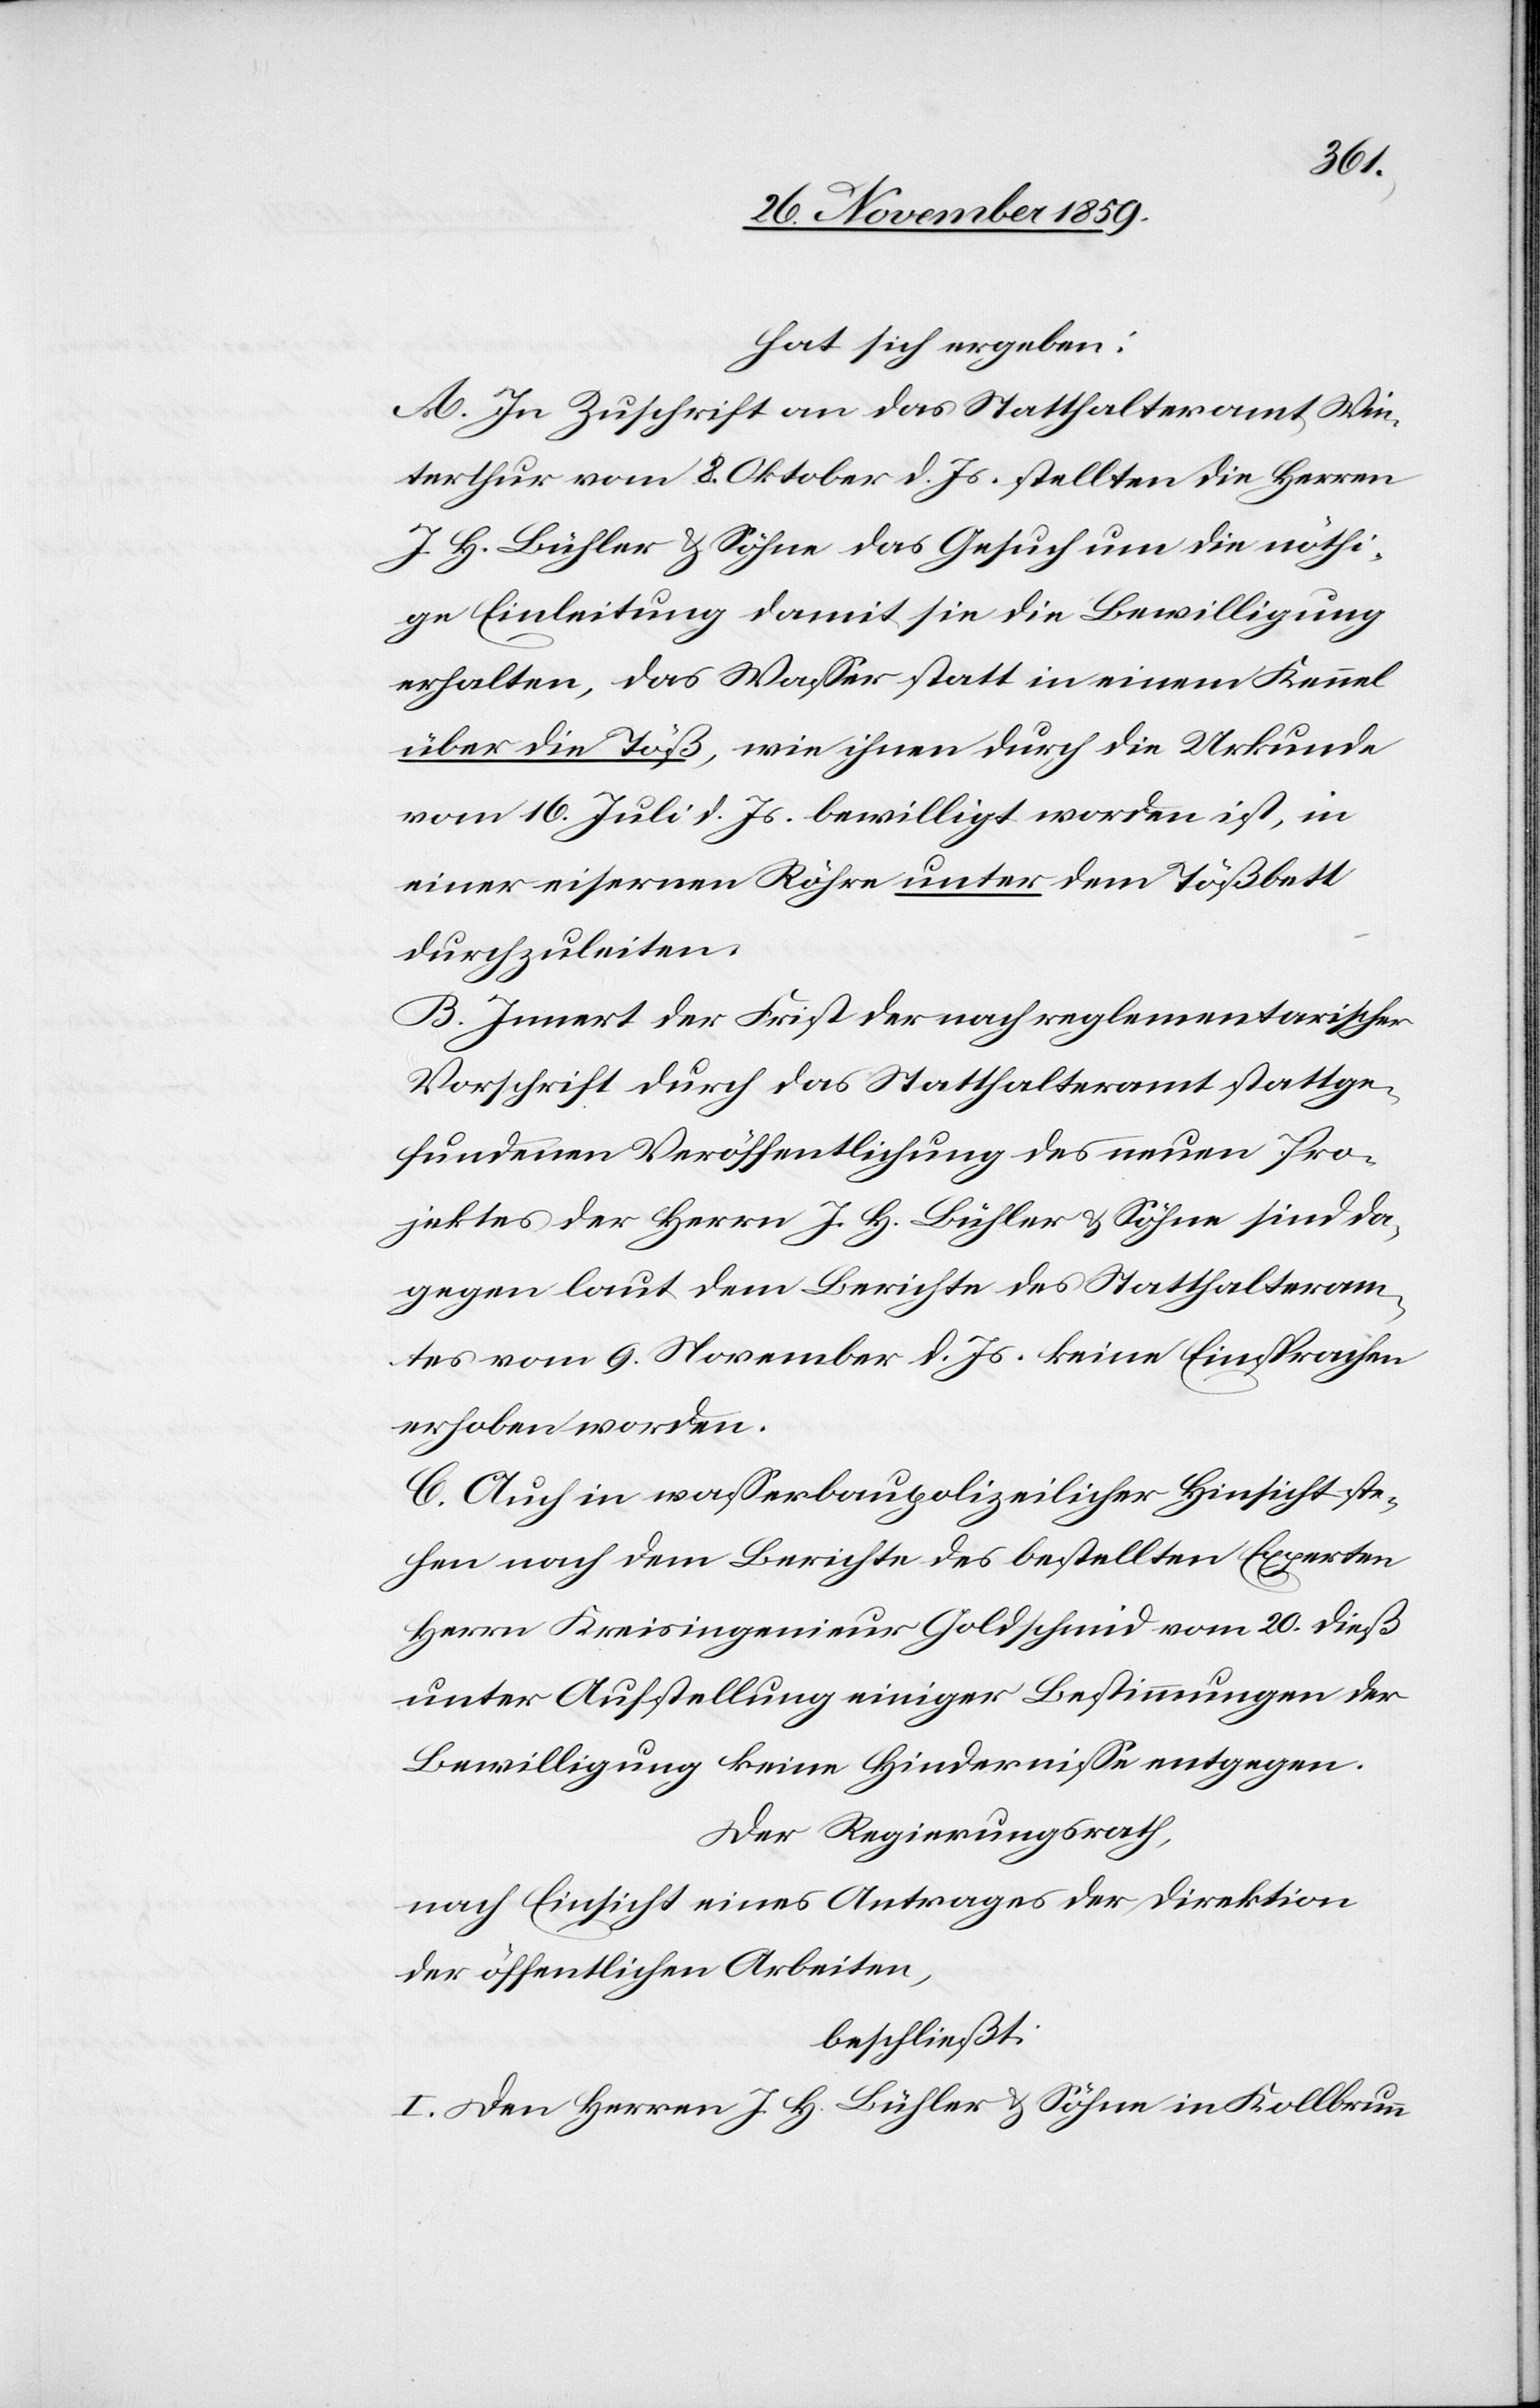
hat sich ergeben:
A. In Zuschrift an das Statthalteramt Win¬
terthur vom 8. Oktober d. Js. stellten die Herren
J. H. Bühler & Söhne das Gesuch um die nöthi¬
ge Einleitung damit sie die Bewilligung
erhalten, das Wasser statt in einem Kennel
über die Töß, wie ihnen durch die Urkunde
vom 16. Juli d. Js. bewilligt worden ist, in
einer eisernen Röhre unter dem Tößbett
durchzuleiten.
B. Innert der Frist der nach reglementarischer
Vorschrift durch das Statthalteramt stattge¬
fundenen Veröffentlichung des neuen Pro¬
jektes der Herrn J. H. Bühler & Söhne sind da¬
gegen laut dem Berichte des Statthalteram¬
tes vom 9. November d. Js. keine Einsprachen
erhoben worden.
C. Auch in wasserbaupolizeilicher Hinsicht ste¬
hen nach dem Berichte des bestellten Experten
Herrn Kreisingenieur Goldschmid vom 20. dieß
unter Aufstellung einiger Bestimmungen der
Bewilligung keine Hindernisse entgegen.
der Regierungsrath,
nach Einsicht eines Antrages der Direktion
der öffentlichen Arbeiten,
beschließt:
I. Den Herren J. H. Bühler & Söhne in Kollbrunn